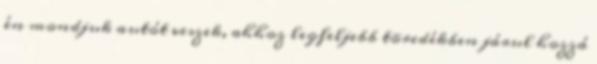
én mondjuk autót veszek, ahhoz legfeljebb töredékben járul hozzá